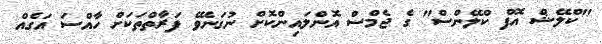
"ކްލޭޝް އޮފް ކްލޭންސް" ގެ ޖެމްސް އޮންލައިންކޮށް ނުގަނެވޭ ފަރާތްތަކަށް ހާއްސަ އަގެއް